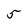
Character: 5